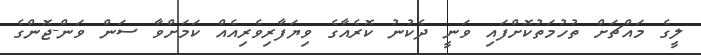
ލީގެ މައްޗަށް ތުހުމަތުކޮށްފައި ވަނީ ދެކުނު ކޮރެއާގެ ވިޔަފާރިވެރިއެއް ކަމަށްވާ ސަން ވަން-ޖޮންގެ